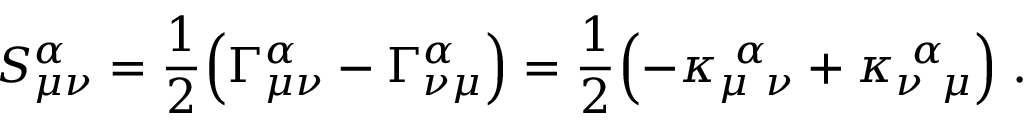
S _ { \mu \nu } ^ { \alpha } = { \frac { 1 } { 2 } } \Bigl ( \Gamma _ { \mu \nu } ^ { \alpha } - \Gamma _ { \nu \mu } ^ { \alpha } \Bigr ) = { \frac { 1 } { 2 } } \Bigl ( - \kappa _ { \mu ~ \nu } ^ { ~ \alpha } + \kappa _ { \nu ~ \mu } ^ { ~ \alpha } \Bigr ) \; .